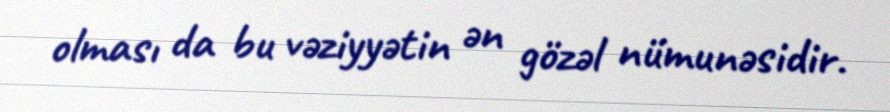
olması da bu vəziyyətin ən gözəl nümunəsidir.